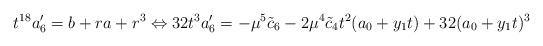
LaTeX: \begin{align*} t^{18} a_6' = b + r a + r^3 \Leftrightarrow 32 t^3 a_6' = -\mu^5 \tilde{c}_6 - 2 \mu^4 \tilde{c}_4 t^2 (a_0 + y_1 t) + 32(a_0 + y_1 t)^3\end{align*}